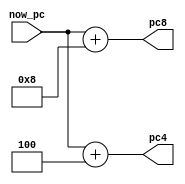
`timescale 1ns / 1ps

module PCadd(now_pc, pc4, pc8);
	
	input [31:0] now_pc;
	output [31:0] pc4;
	output [31:0] pc8;
	
	assign pc4 = now_pc + 4;
	assign pc8 = now_pc + 8;

endmodule